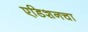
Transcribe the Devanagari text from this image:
एडिशनचा